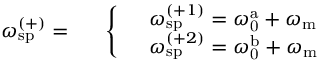
\omega _ { \mathrm { s p } } ^ { ( + ) } = \begin{array} { r l } & { \left\{ \begin{array} { l l } & { \omega _ { \mathrm { s p } } ^ { ( + 1 ) } = \omega _ { \mathrm { 0 } } ^ { \mathrm { a } } + \omega _ { \mathrm { m } } } \\ & { \omega _ { \mathrm { s p } } ^ { ( + 2 ) } = \omega _ { \mathrm { 0 } } ^ { \mathrm { b } } + \omega _ { \mathrm { m } } } \end{array} \right. } \end{array}